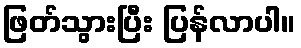
ဖြတ်သွားပြီး ပြန်လာပါ။